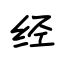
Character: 经